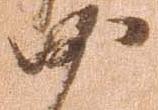
沙